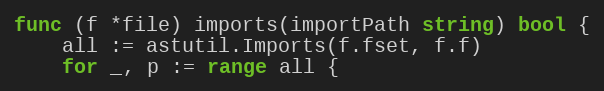
Language: Go
func (f *file) imports(importPath string) bool {
	all := astutil.Imports(f.fset, f.f)
	for _, p := range all {